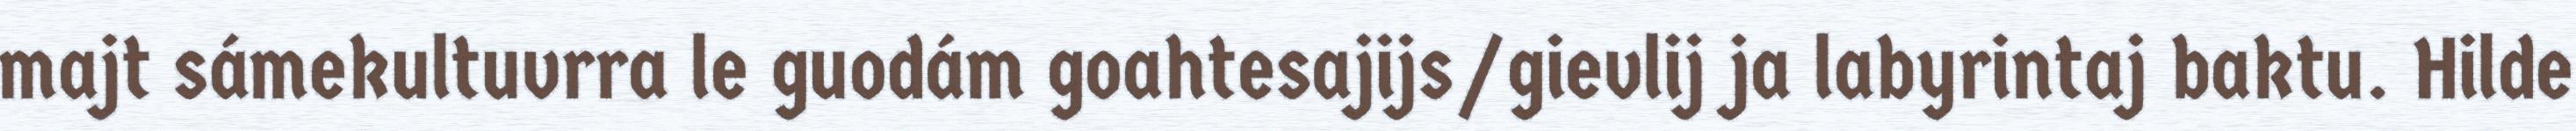
majt sámekultuvrra le guodám goahtesajijs/gievlij ja labyrintaj baktu. Hilde